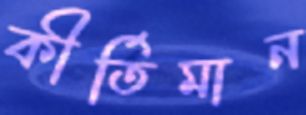
কীর্তিমান